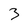
Character: 3